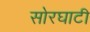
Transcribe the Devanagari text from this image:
सोरघाटी